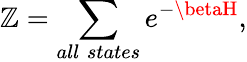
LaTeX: \mathbb{Z}=\sum_{all\; states}e^{-\betaH},